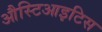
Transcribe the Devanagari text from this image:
औस्टिआइटिस